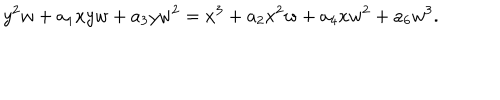
y ^ { 2 } w + a _ { 1 } x y w + a _ { 3 } y w ^ { 2 } = x ^ { 3 } + a _ { 2 } x ^ { 2 } w + a _ { 4 } x w ^ { 2 } + a _ { 6 } w ^ { 3 } .